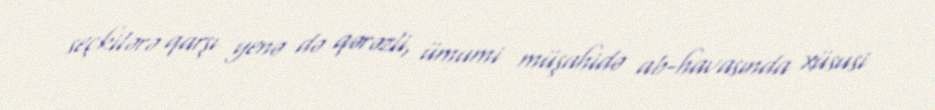
seçkilərə qarşı yenə də qərəzli, ümumi müşahidə ab-havasında xüsusi